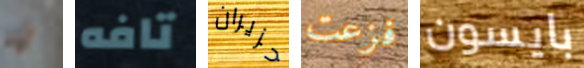
أوه تافه حزيران فزعت بايسون